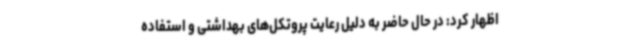
اظهار کرد: در حال حاضر به دلیل رعایت پروتکل‌های بهداشتی و استفاده